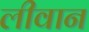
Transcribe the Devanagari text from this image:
लीवान